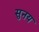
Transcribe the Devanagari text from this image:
सुनय